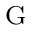
^ \mathrm { G }